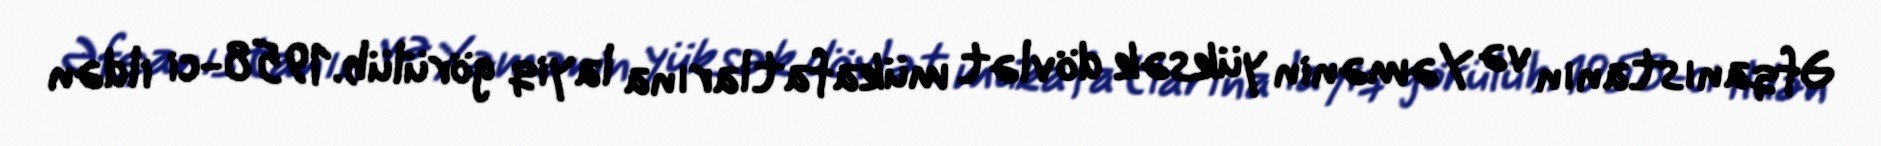
Əfqanıstanın və Yəmənin yüksək dövlət mükafatlarına layiq görülüb.1958-ci ildən